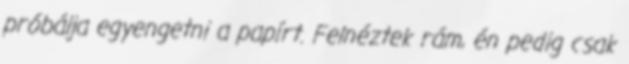
próbálja egyengetni a papírt. Felnéztek rám, én pedig csak